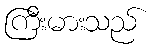
ကြီးမားသည်